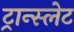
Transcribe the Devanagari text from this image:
ट्रान्स्लेट